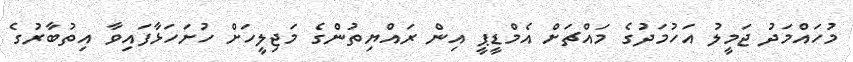
މުހައްމަދު ޖަމީލު އަހުމަދުގެ މައްޗަށް އެމްޑީޕީ އިން ރައްޔިތުންގެ މަޖިލީހަށް ހުށަހަޅާފައިވާ އިތުބާރުގެ